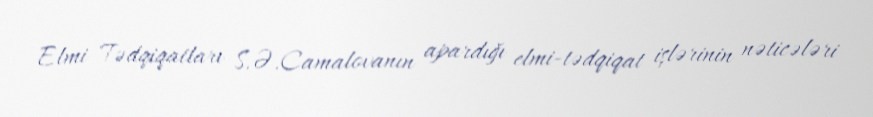
Elmi Tədqiqatları S.Ə.Camalovanın apardığı elmi-tədqiqat işlərinin nəticələri